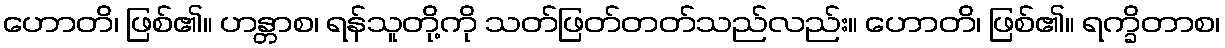
ဟောတိ၊ ဖြစ်၏။ ဟန္တာစ၊ ရန်သူတို့ကို သတ်ဖြတ်တတ်သည်လည်း။ ဟောတိ၊ ဖြစ်၏။ ရက္ခိတာစ၊